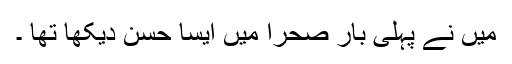
میں نے پہلی بار صحرا میں ایسا حسن دیکھا تھا ۔